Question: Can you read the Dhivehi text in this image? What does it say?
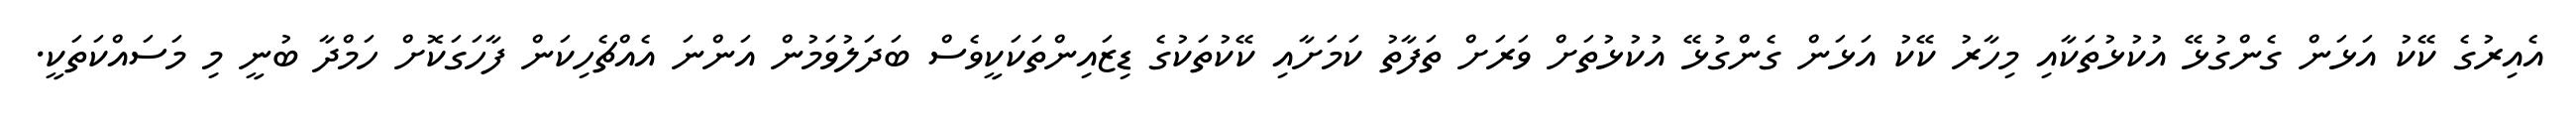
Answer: އެއިރުގެ ކޭކު އަޅަން ގެންގުޅޭ އުކުޅުތަކާއި މިހާރު ކޭކު އަޅަން ގެންގުޅޭ އުކުޅުތަށް ވަރަށް ތަފާތު ކަމަށާއި ކޭކުތަކުގެ ޑިޒައިންތަކަކީވެސް ބަދަލުވަމުން އަންނަ އެއްޗެހިކަން ފާހަގަކޮށް ހަމްދާ ބުނީ މި މަސައްކަތަކީ.